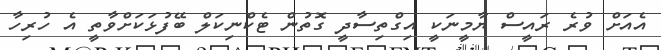
އެއަށް ވުރެ ރައީސް ޔާމީނަކީ އިގްތިސާދީ ގޮތުން ޓެކްނިކަލް ބޭފުޅަކަށްވާތީ އެ ހުރިހާ